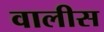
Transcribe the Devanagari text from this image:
वालीस